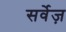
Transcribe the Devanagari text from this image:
सर्वेज़